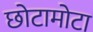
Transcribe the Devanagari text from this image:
छोटामोटा